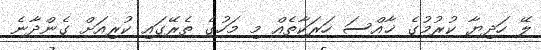
ލޭ ހަދިޔާ ކުރުމުގެ ޚާއްސަ ހަރަކާތެއް މި މަހުގެ ތެރޭގައި ކުރިއަށް ގެންދާނެ